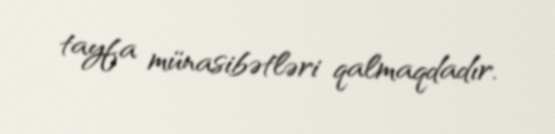
tayfa münasibətləri qalmaqdadır.